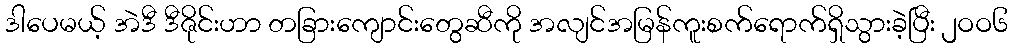
ဒါပေမယ့် အဲဒီ ဒီဇိုင်းဟာ တခြားကျောင်းတွေဆီကို အလျင်အမြန်ကူးစက်ရောက်ရှိသွားခဲ့ပြီး ၂ဝဝ၆